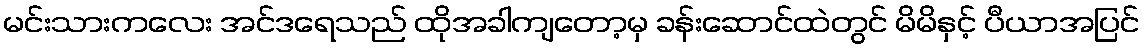
မင်းသားကလေး အင်ဒရေသည် ထိုအခါကျတော့မှ ခန်းဆောင်ထဲတွင် မိမိနှင့် ပီယာအပြင်